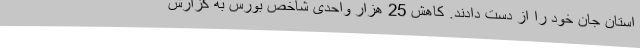
استان جان خود را از دست دادند. کاهش 25 هزار واحدی شاخص بورس به گزارش